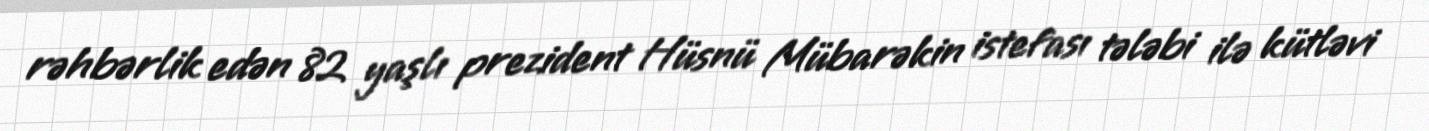
rəhbərlik edən 82 yaşlı prezident Hüsnü Mübarəkin istefası tələbi ilə kütləvi